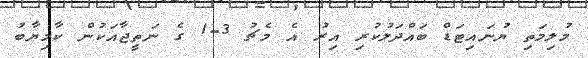
މުލިމަތި ޔުނައިޓަޑް ބައްދަލުކުރި އިރު އެ މެޗު 3-1 ގެ ނަތީޖާއަކުން ކާމިޔާބު